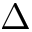
\Delta